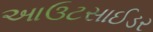
આઉટસાઈડર